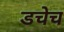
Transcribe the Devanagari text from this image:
डचेच